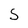
Character: S